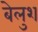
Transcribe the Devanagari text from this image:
बेलुश